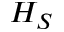
H _ { S }